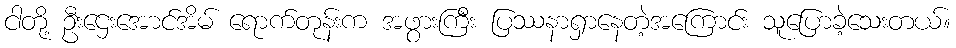
ငါတို့ ဦးဌေးအောင်အိမ် ရောက်တုန်းက အဖွားကြီး ပြဿနာရှာနေတဲ့အကြောင်း သူပြောခဲ့သေးတယ်။